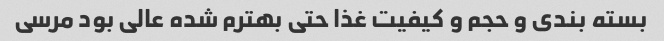
بسته بندی و حجم و کیفیت غذا حتی بهترم شده عالی بود مرسی